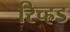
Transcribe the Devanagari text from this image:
रिच्ह्रड